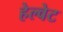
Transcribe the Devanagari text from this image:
हेल्वेट